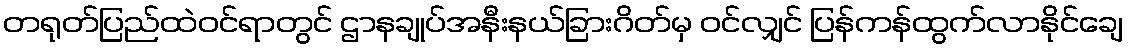
တရုတ်ပြည်ထဲဝင်ရာတွင် ဌာနချုပ်အနီးနယ်ခြားဂိတ်မှ ဝင်လျှင် ပြန်ကန်ထွက်လာနိုင်ချေ